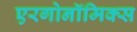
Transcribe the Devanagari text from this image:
एरगोनॉमिक्स